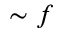
\sim f